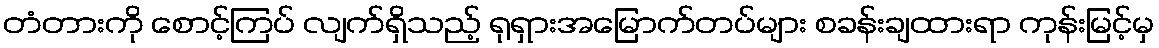
တံတားကို စောင့်ကြပ် လျက်ရှိသည့် ရုရှားအမြောက်တပ်များ စခန်းချထားရာ ကုန်းမြင့်မှ